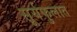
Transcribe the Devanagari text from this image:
सूर्यफुलात